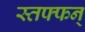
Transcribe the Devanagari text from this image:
स्तफ्फन्